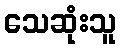
သေဆုံးသူ